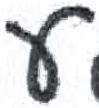
אות: ע